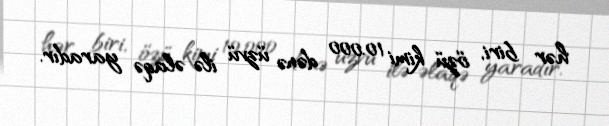
hər biri, özü kimi 10.000 dənə üzvü ilə əlaqə yaradır.